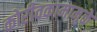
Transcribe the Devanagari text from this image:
कोरीवकामामुळे